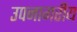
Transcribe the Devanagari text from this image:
उपनागरीय